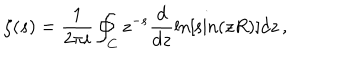
\zeta ( s ) = \frac { 1 } { 2 \pi i } \oint _ { C } z ^ { - s } \frac { d } { d z } \ln [ \sin ( z R ) ] d z \, { , }